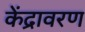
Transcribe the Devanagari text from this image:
केंद्रावरण